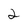
Character: 2